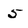
Character: 5